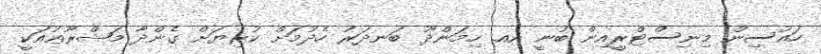
ހައުސިން މިނިސްޓްރީއިން ބުނީ އއ. ހިމަންދޫ ބަނދަރު ހެދުމަށް ކުރިޔަށް ގެންދާ މަޝްރޫޢުއަކީ